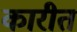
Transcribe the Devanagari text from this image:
कारीत